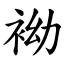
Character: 袎